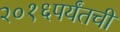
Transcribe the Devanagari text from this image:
२०१६पर्यंतची